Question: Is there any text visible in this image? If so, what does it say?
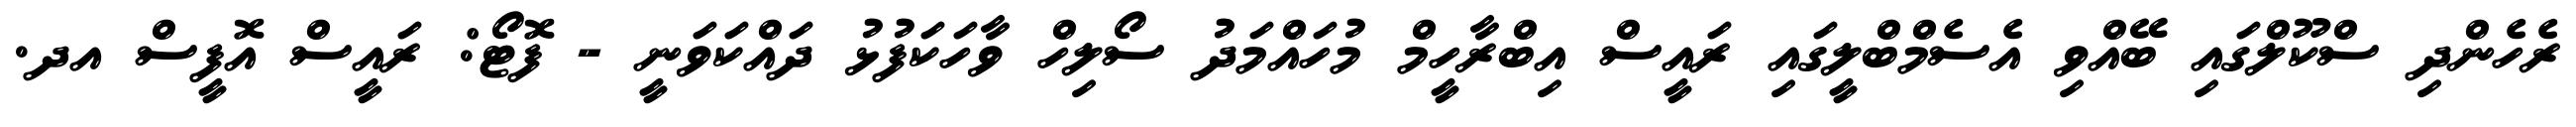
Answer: ރެހެންދި ސްކޫލްގައި ބޭއްވި އެސެމްބްލީގައި ރައީސް އިބްރާހީމް މުހައްމަދު ސޯލިހް ވާހަކަފުޅު ދައްކަވަނީ - ފޮޓޯ: ރައީސް އޮފީސް އދ.